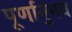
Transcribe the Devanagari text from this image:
पूर्णानुभव